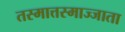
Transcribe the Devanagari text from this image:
तस्मात्तस्माज्जाता